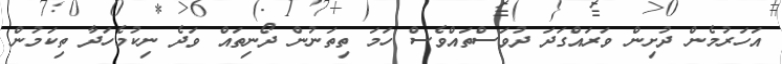
އަހަރުމެން ދުށިން ވަރައްގަދަ ދުވަސްތައްވެސް ހަމަ ތިތަނުން ދޯނިތައް ވަދެ ނިކުމެހަދާ ތިކަމުން